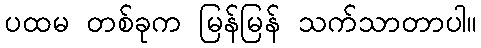
ပထမ တစ်ခုက မြန်မြန် သက်သာတာပါ။